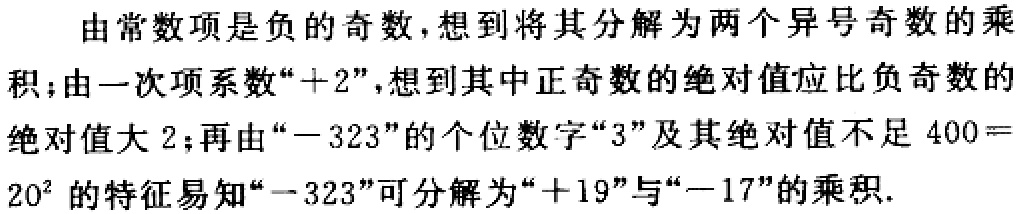
由常数项是负的奇数，想到将其分解为两个异号奇数的乘积；由一次项系数“$+2$”，想到其中正奇数的绝对值应比负奇数的绝对值大$2$；再由“$-323$”的个位数字“$3$”及其绝对值不足$400 = 20^{2}$的特征易知“$-323$”可分解为“$+19$”与“$-17$”的乘积.